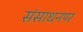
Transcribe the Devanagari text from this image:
संसाधनपर